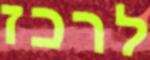
לרכז